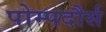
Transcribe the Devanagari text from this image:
पोम्पदौर्स